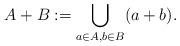
LaTeX: \begin{align*}A+B:=\bigcup_{a \in A,b\in B}(a+b).\end{align*}